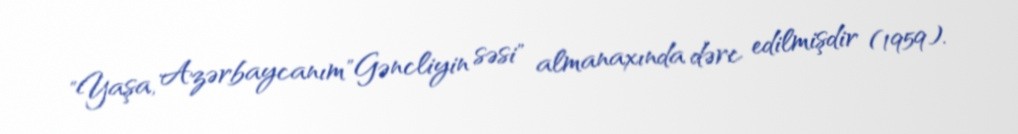
"Yaşa, Azərbaycanım"Gəncliyin səsi" almanaxında dərc edilmişdir (1959).